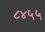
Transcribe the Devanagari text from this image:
८४५५